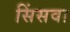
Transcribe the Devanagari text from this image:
सिंसवा